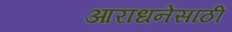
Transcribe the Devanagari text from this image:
आराधनेसाठी